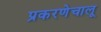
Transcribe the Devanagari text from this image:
प्रकरणेचालू